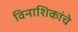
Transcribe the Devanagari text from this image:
विनाशिकांचे